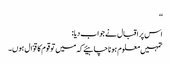
‘‘
اس پر اقبال نے جواب دیا:
تمہیں معلوم ہونا چاہیئے کہ میں تو قوم کا قوّال ہوں۔